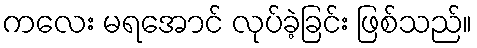
ကလေး မရအောင် လုပ်ခဲ့ခြင်း ဖြစ်သည်။